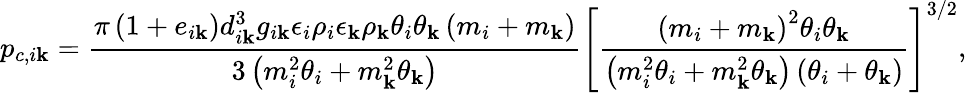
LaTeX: p_{c,i\mathbf{k}}=\frac{{\pi\left(1+e_{i\mathbf{k}}\right)d_{i\mathbf{k}}^{3}g_{i\mathbf{k}}\epsilon_{i}\rho_{i}\epsilon_{\mathbf{k}}\rho_{\mathbf{k}}\theta_{i}\theta_{\mathbf{k}}\left(m_{i}+m_{\mathbf{k}}\right)}}{{3\left(m_{i}^{2}\theta_{i}+m_{\mathbf{k}}^{2}\theta_{\mathbf{k}}\right)}}\left[\frac{{\left(m_{i}+m_{\mathbf{k}}\right)^{2}\theta_{i}\theta_{\mathbf{k}}}}{{\left(m_{i}^{2}\theta_{i}+m_{\mathbf{k}}^{2}\theta_{\mathbf{k}}\right)\left(\theta_{i}+\theta_{\mathbf{k}}\right)}}\right]^{3/2},